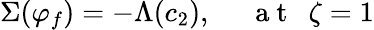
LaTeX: \Sigma(\varphi_{f})=-\Lambda(c_{2}),~~~~~\mathrm{~a~t~}~~\zeta=1